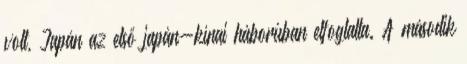
volt, Japán az első japán-kínai háborúban elfoglalta. A második